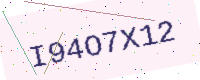
Text: I94O7X12